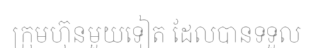
ក្រុមហ៊ុនមួយទៀត ដែលបានទទួល